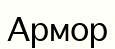
Армор